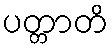
ပတ္တာတိ